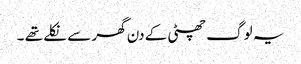
یہ لوگ چھٹی کے دن گھر سے نکلے تھے ۔